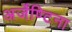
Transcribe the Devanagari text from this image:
अर्जेण्टिना